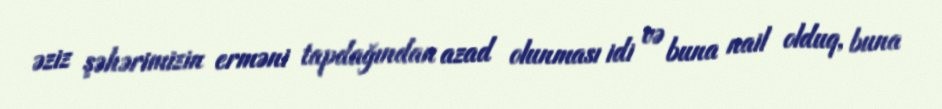
əziz şəhərimizin erməni tapdağından azad olunması idi və buna nail olduq, buna